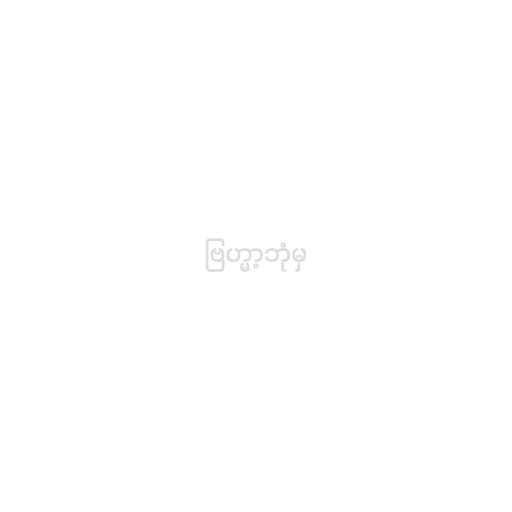
ဗြဟ္မာ့ဘုံမှ